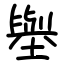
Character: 𡒊